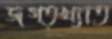
জগত্খ্যাত